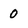
Character: 0